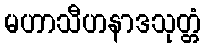
မဟာသီဟနာဒသုတ္တံ